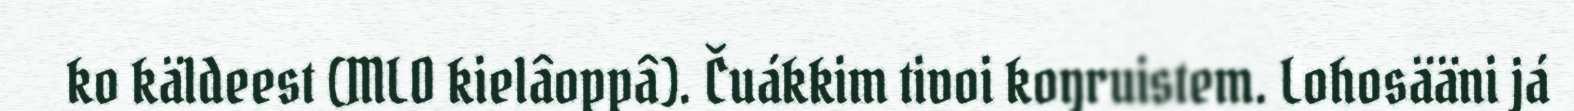
ko käldeest (MLO kielâoppâ). Čuákkim tivoi koŋruistem. Lohosääni já